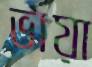
ভায়া